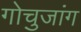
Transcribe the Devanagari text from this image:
गोचुजांग